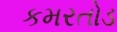
કમરતોડ